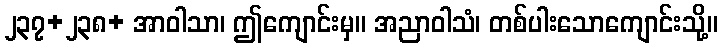
၂၃၇+၂၃၈+ အာဝါသာ၊ ဤကျောင်းမှ။ အညာဝါသံ၊ တစ်ပါးသောကျောင်းသို့။